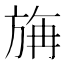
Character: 㫋